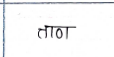
मजकूर: ताण